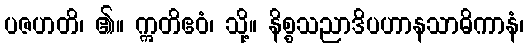
ပဇဟတိ၊ ၏။ ဣတိဧဝံ၊ သို့။ နိစ္စသညာဒိပဟာနသာဓိကာနံ၊